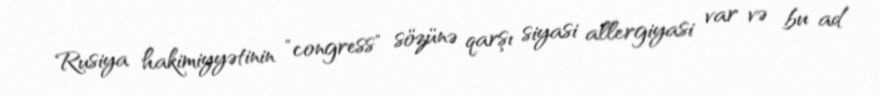
Rusiya hakimiyyətinin "congress" sözünə qarşı siyasi allergiyasi var və bu ad